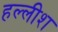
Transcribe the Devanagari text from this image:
हल्लीश